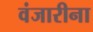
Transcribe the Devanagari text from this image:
वंजारीना